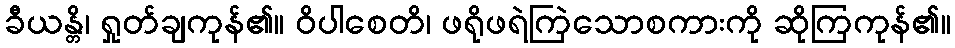
ခီယန္တိ၊ ရှုတ်ချကုန်၏။ ဝိပါစေတိ၊ ဖရိုဖရဲကြဲသောစကားကို ဆိုကြကုန်၏။